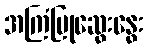
အကြံပြုဆွေးနွေး